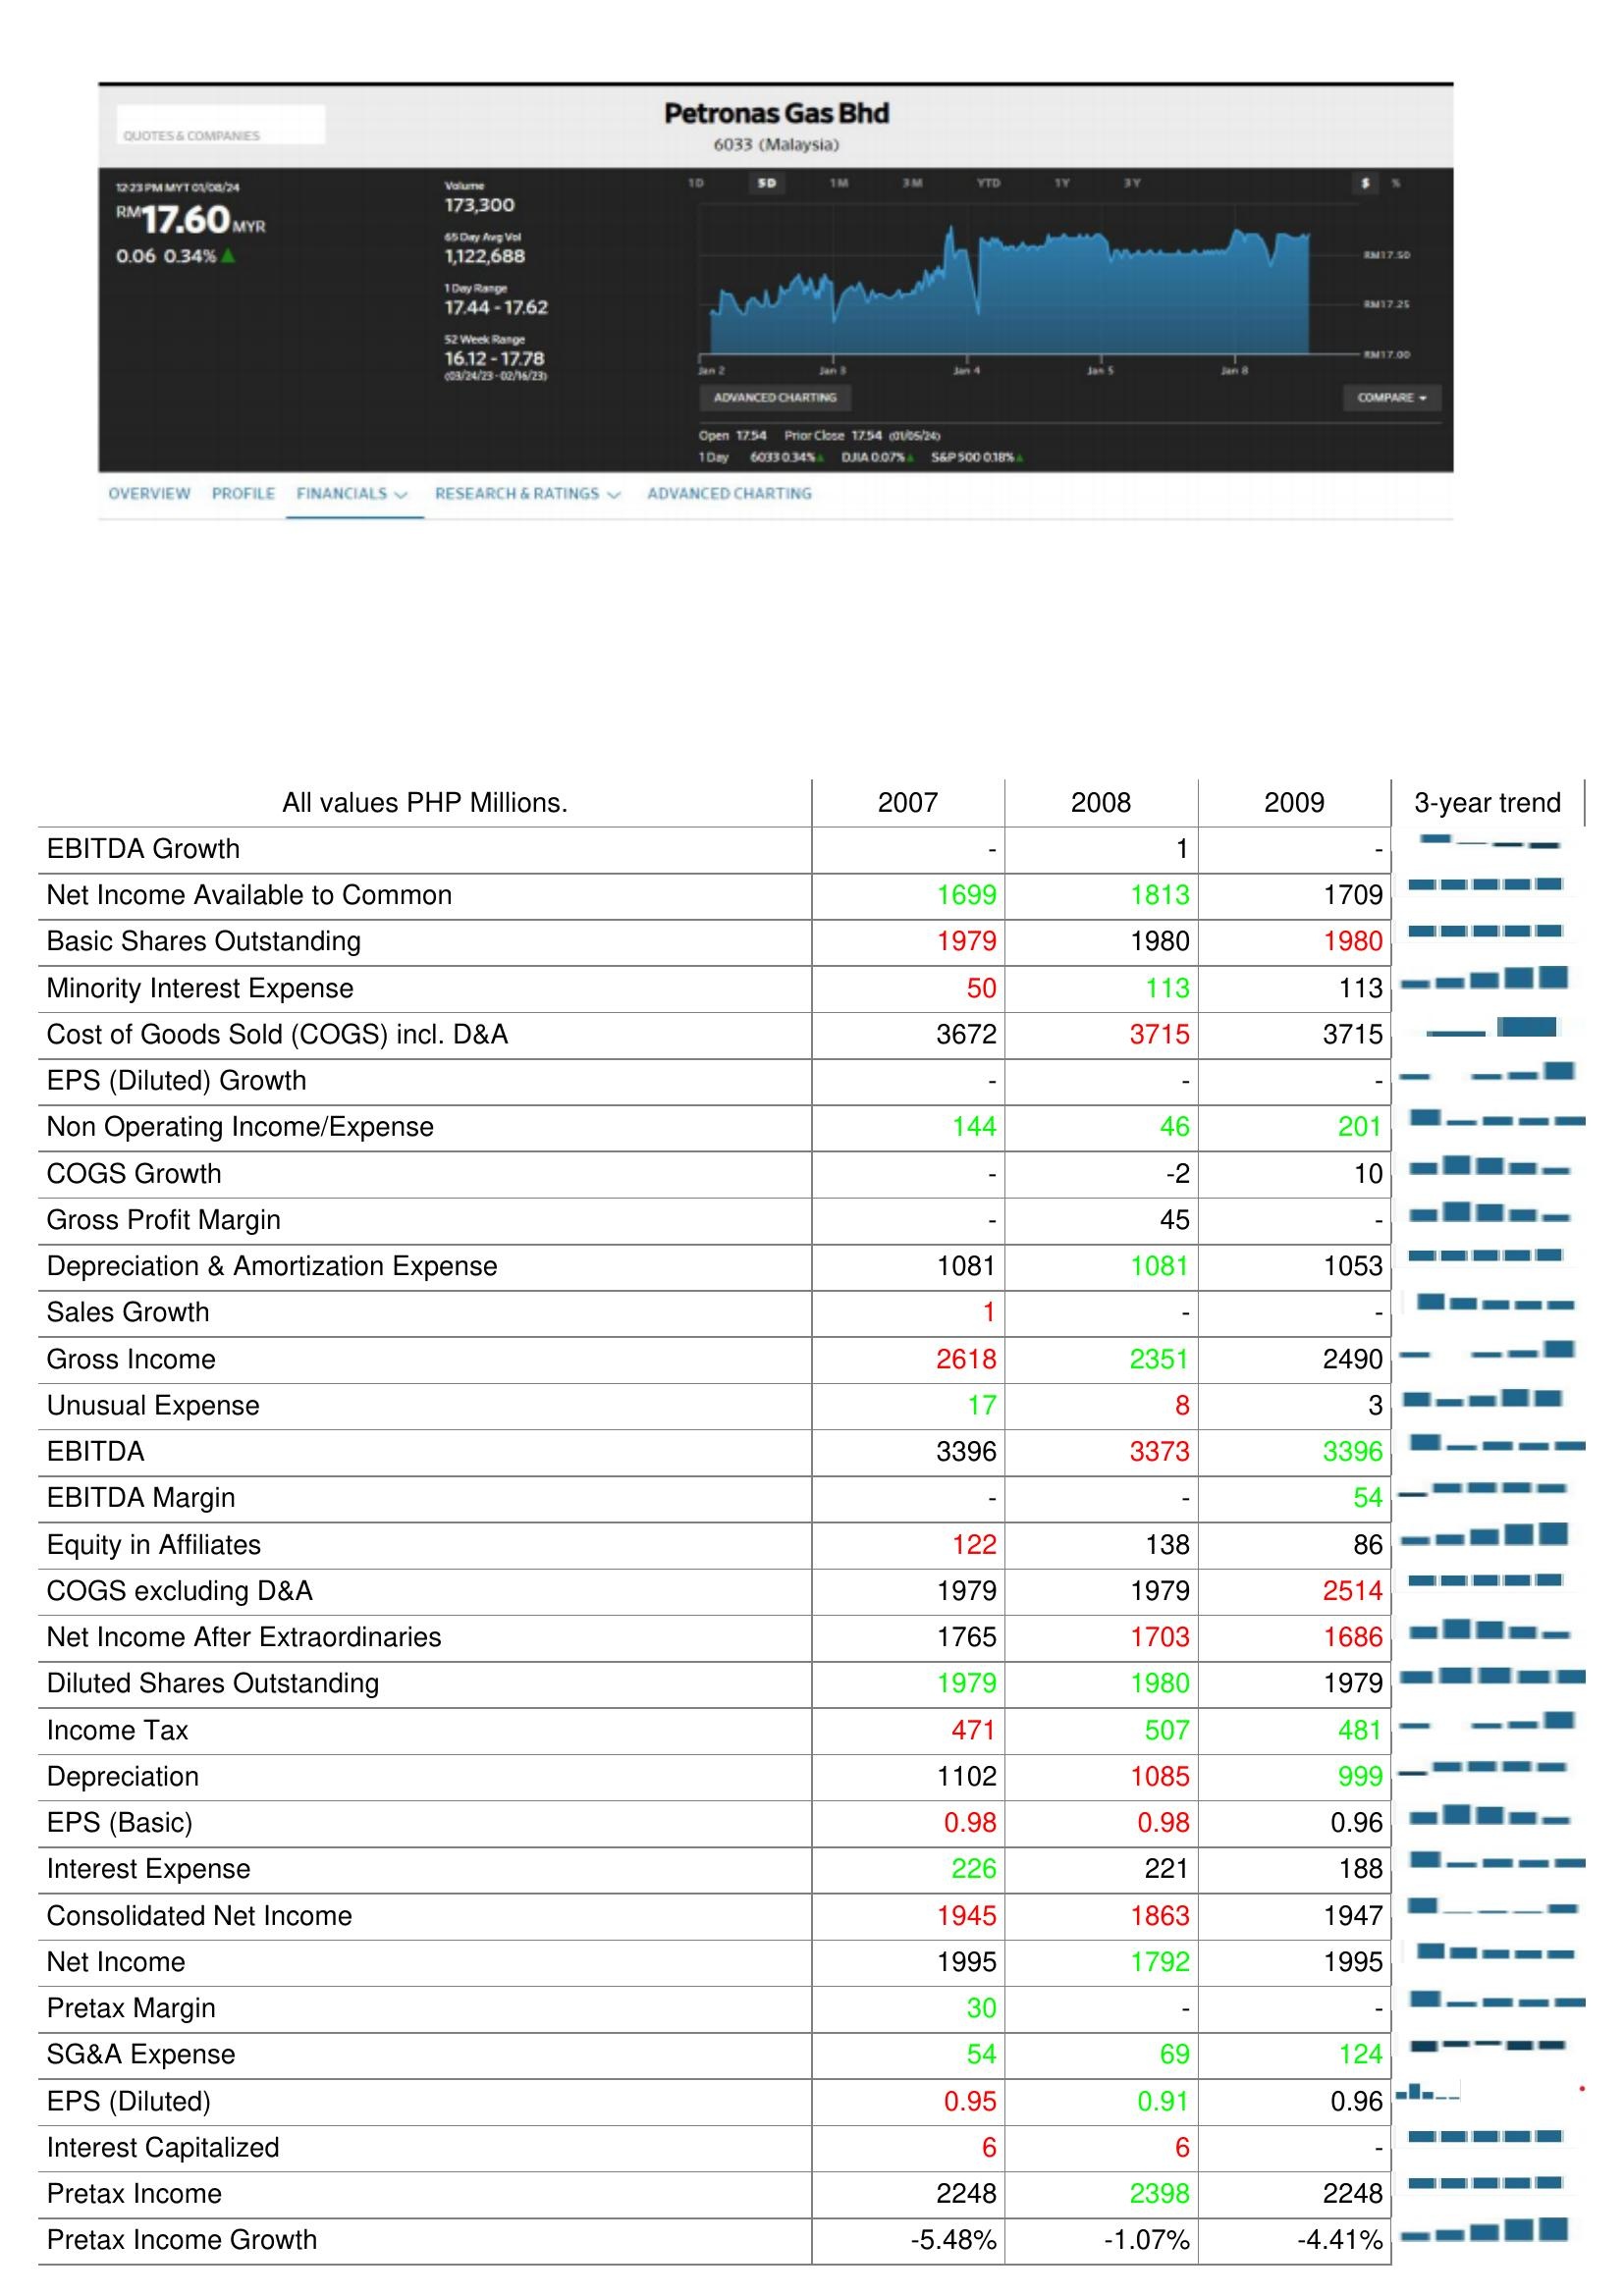
2007: : EBITDA Growth: -
Net Income Available to Common: 1699
Basic Shares Outstanding: 1979
Minority Interest Expense: 50
Cost of Goods Sold (COGS) incl. D&A: 3672
EPS (Diluted) Growth: -
Non Operating Income/Expense: 144
COGS Growth: -
Gross Profit Margin: -
Depreciation & Amortization Expense: 1081
Sales Growth: 1
Gross Income: 2618
Unusual Expense: 17
EBITDA: 3396
EBITDA Margin: -
Equity in Affiliates: 122
COGS excluding D&A: 1979
Net Income After Extraordinaries: 1765
Diluted Shares Outstanding: 1979
Income Tax: 471
Depreciation: 1102
EPS (Basic): 0.98
Interest Expense: 226
Consolidated Net Income: 1945
Net Income: 1995
Pretax Margin: 30
SG&A Expense: 54
EPS (Diluted): 0.95
Interest Capitalized: 6
Pretax Income: 2248
Pretax Income Growth: -5.48%
2008: : EBITDA Growth: 1
Net Income Available to Common: 1813
Basic Shares Outstanding: 1980
Minority Interest Expense: 113
Cost of Goods Sold (COGS) incl. D&A: 3715
EPS (Diluted) Growth: -
Non Operating Income/Expense: 46
COGS Growth: -2
Gross Profit Margin: 45
Depreciation & Amortization Expense: 1081
Sales Growth: -
Gross Income: 2351
Unusual Expense: 8
EBITDA: 3373
EBITDA Margin: -
Equity in Affiliates: 138
COGS excluding D&A: 1979
Net Income After Extraordinaries: 1703
Diluted Shares Outstanding: 1980
Income Tax: 507
Depreciation: 1085
EPS (Basic): 0.98
Interest Expense: 221
Consolidated Net Income: 1863
Net Income: 1792
Pretax Margin: -
SG&A Expense: 69
EPS (Diluted): 0.91
Interest Capitalized: 6
Pretax Income: 2398
Pretax Income Growth: -1.07%
2009: : EBITDA Growth: -
Net Income Available to Common: 1709
Basic Shares Outstanding: 1980
Minority Interest Expense: 113
Cost of Goods Sold (COGS) incl. D&A: 3715
EPS (Diluted) Growth: -
Non Operating Income/Expense: 201
COGS Growth: 10
Gross Profit Margin: -
Depreciation & Amortization Expense: 1053
Sales Growth: -
Gross Income: 2490
Unusual Expense: 3
EBITDA: 3396
EBITDA Margin: 54
Equity in Affiliates: 86
COGS excluding D&A: 2514
Net Income After Extraordinaries: 1686
Diluted Shares Outstanding: 1979
Income Tax: 481
Depreciation: 999
EPS (Basic): 0.96
Interest Expense: 188
Consolidated Net Income: 1947
Net Income: 1995
Pretax Margin: -
SG&A Expense: 124
EPS (Diluted): 0.96
Interest Capitalized: -
Pretax Income: 2248
Pretax Income Growth: -4.41%